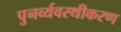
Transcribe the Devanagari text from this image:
पुनर्व्यवस्थीकरण